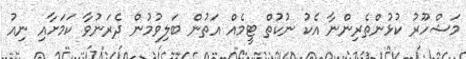
މަޝްހޫރު ކުޅުންތެރިންނާ އެކު ނުކުތް ޓީމެއް އަތުން ބަލިވުމުން ދެރަނުވާ ކަމަށާއި ނިއު